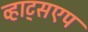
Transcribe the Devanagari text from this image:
व्हाट्सएप